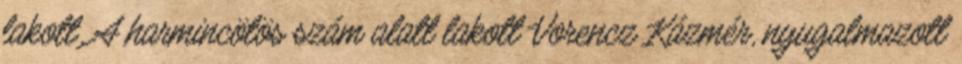
lakott. A harmincötös szám alatt lakott Vorencz Kázmér, nyugalmazott